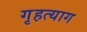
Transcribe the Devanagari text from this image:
गृहत्‍याग